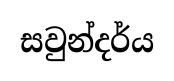
සවුන්දර්ය